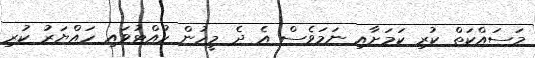
މަސައްކަތް ކުރި ކަމަށާއި ނަމަވެސް އެ ދެ މީހުން ހުއްޓުވައި ހައްޔަރު ކުރި